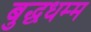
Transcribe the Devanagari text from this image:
बुद्धधम्म